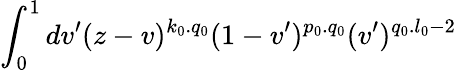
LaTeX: \int_{0}^{1}dv^{\prime}(z-v)^{k_{0}.q_{0}}(1-v^{\prime})^{p_{0}.q_{0}}(v^{\prime})^{q_{0}.l_{0}-2}